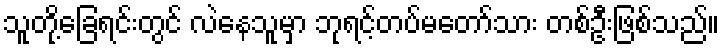
သူတို့ခြေရင်းတွင် လဲနေသူမှာ ဘုရင့်တပ်မတော်သား တစ်ဦးဖြစ်သည်။